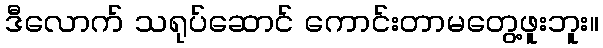
ဒီလောက် သရုပ်ဆောင် ကောင်းတာမတွေ့ဖူးဘူး။